Plague in India, 1896, 1897 - Volume 1
Year: 1896
Disease focus: Plague
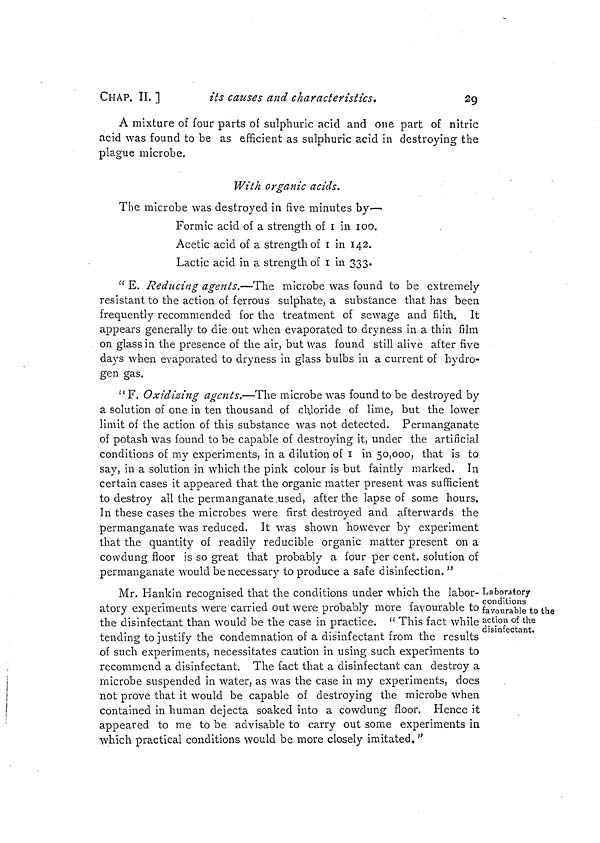
CHAP. II. ]
its causes and characteristics.
29
A mixture of four parts of sulphuric acid and one part of nitric
acid was found to be as efficient as sulphuric acid in destroying the
plague microbe.
With organic acids.
The microbe was destroyed in five minutes by—
Formic acid of a strength of 1 in 100.
Acetic acid of a strength of 1 in 142.
Lactic acid in a strength of 1 in 333.
" E. Reducing agents.—The microbe was found to be extremely
resistant to the action of ferrous sulphate, a substance that has been
frequently recommended for the treatment of sewage and filth. It
appears generally to die out when evaporated to dryness in a thin film
on glass in the presence of the air, but Was found still alive after five
days when evaporated to dryness in glass bulbs in a current of hydro-
gen gas.
"F. Oxidizing agents.—The microbe was found to be destroyed by
a solution of one in ten thousand of chloride of lime, but the lower
limit of the action of this substance was not detected. Permanganate
of potash was found to be capable of destroying it, under the artificial
conditions of my experiments, in a dilution of 1 in 50,000, that is to
say, in a solution in which the pink colour is but faintly marked. In
certain cases it appeared that the organic matter present was sufficient
to destroy all the permanganate used, after the lapse of some hours.
In these cases the microbes were first destroyed and afterwards the
permanganate was reduced. It was shown however by experiment
that the quantity of readily reducible organic matter present on a
cowdung floor is so great that probably a four per cent. solution of
permanganate would be necessary to produce a safe disinfection. "
Laboratory
conditions
favourable to the
action of the
disinfectant.
Mr. Hankin recognised that the conditions under which the labor-
atory experiments were carried out were probably more favourable to
the disinfectant than would be the case in practice. " This fact while
tending to justify the condemnation of a disinfectant from the results
of such experiments, necessitates caution in using such experiments to
recommend a disinfectant. The fact that a disinfectant can destroy a
microbe suspended in water, as was the case in my experiments, does
not prove that it would be capable of destroying the microbe when
contained in human dejecta soaked into a cowdung floor. Hence it
appeared to me to be advisable to carry out some experiments in
which practical conditions would be more closely imitated. "